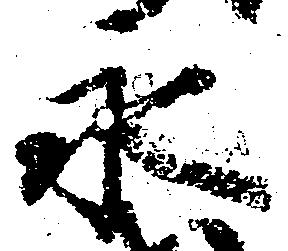
永